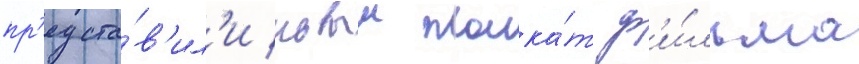
пр'едста́в'ил'и новыи плака́т ф'и́льма